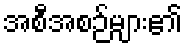
အစီအစဉ်များ၏